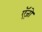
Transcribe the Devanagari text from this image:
ऍज़ो